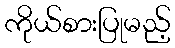
ကိုယ်စားပြုမည့်